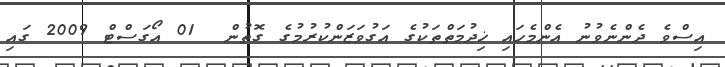
އިސްވެ ދެންނެވުނު އެންމެހައި ޚިދުމަތްތަކުގެ އަގުވަޒަންކުރުމުގެ ގޮތުން  01 އޯގަސްޓް 2009 ގައި